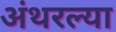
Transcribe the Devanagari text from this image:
अंथरल्या